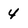
Character: 4